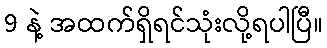
9 နဲ့ အထက်ရှိရင်သုံးလို့ရပါပြီ။